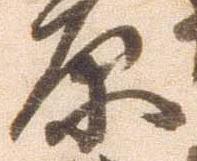
原